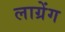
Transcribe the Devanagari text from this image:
लाग्रेंग